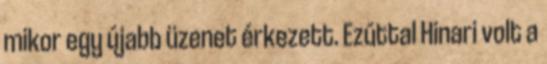
mikor egy újabb üzenet érkezett. Ezúttal Hinari volt a